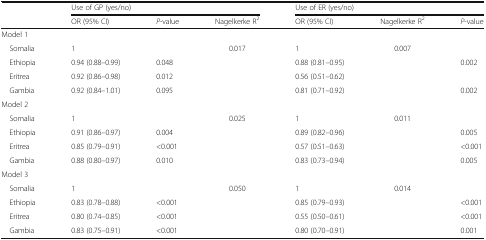
<table><thead><tr><td></td><td colspan="3"><b>Use of GP (yes/no)</b></td><td colspan="3"><b>Use of ER (yes/no)</b></td></tr><tr><td></td><td><b>OR (95% CI)</b></td><td><b><i>P</i>-value</b></td><td><b>Nagelkerke R<sup>2</sup></b></td><td><b>OR (95% CI)</b></td><td><b>Nagelkerke R<sup>2</sup></b></td><td><b><i>P</i>-value</b></td></tr></thead><tbody><tr><td colspan="7">Model 1</td></tr><tr><td> Somalia</td><td>1</td><td></td><td>0.017</td><td>1</td><td>0.007</td><td></td></tr><tr><td> Ethiopia</td><td>0.94 (0.88–0.99)</td><td>0.048</td><td></td><td>0.88 (0.81–0.95)</td><td></td><td>0.002</td></tr><tr><td> Eritrea</td><td>0.92 (0.86–0.98)</td><td>0.012</td><td></td><td>0.56 (0.51–0.62)</td><td></td><td></td></tr><tr><td> Gambia</td><td>0.92 (0.84–1.01)</td><td>0.095</td><td></td><td>0.81 (0.71–0.92)</td><td></td><td>0.002</td></tr><tr><td colspan="7">Model 2</td></tr><tr><td> Somalia</td><td>1</td><td></td><td>0.025</td><td>1</td><td>0.011</td><td></td></tr><tr><td> Ethiopia</td><td>0.91 (0.86–0.97)</td><td>0.004</td><td></td><td>0.89 (0.82–0.96)</td><td></td><td>0.005</td></tr><tr><td> Eritrea</td><td>0.85 (0.79–0.91)</td><td>&lt;0.001</td><td></td><td>0.57 (0.51–0.63)</td><td></td><td>&lt;0.001</td></tr><tr><td> Gambia</td><td>0.88 (0.80–0.97)</td><td>0.010</td><td></td><td>0.83 (0.73–0.94)</td><td></td><td>0.005</td></tr><tr><td colspan="7">Model 3</td></tr><tr><td> Somalia</td><td>1</td><td></td><td>0.050</td><td>1</td><td>0.014</td><td></td></tr><tr><td> Ethiopia</td><td>0.83 (0.78–0.88)</td><td>&lt;0.001</td><td></td><td>0.85 (0.79–0.93)</td><td></td><td>&lt;0.001</td></tr><tr><td> Eritrea</td><td>0.80 (0.74–0.85)</td><td>&lt;0.001</td><td></td><td>0.55 (0.50–0.61)</td><td></td><td>&lt;0.001</td></tr><tr><td> Gambia</td><td>0.83 (0.75–0.91)</td><td>&lt;0.001</td><td></td><td>0.80 (0.70–0.91)</td><td></td><td>0.001</td></tr></tbody></table>